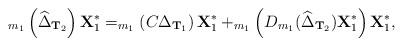
LaTeX: \begin{align*}_{m_1}\left(\widehat\Delta_{{\bf T}_2}\right){\bf X}_1^*=_{m_1}\left(C\Delta_{{\bf T}_1}\right){\bf X}_1^*+_{m_1}\left(D_{m_1}(\widehat\Delta_{{\bf T}_2}) {\bf X}_1^*\right){\bf X}_1^*,\end{align*}